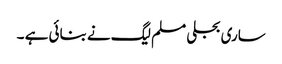
ساری بجلی مسلم لیگ نے بنائی ہے ۔